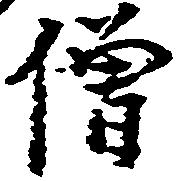
僧